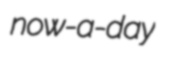
now-a-day